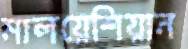
মালয়েশিয়ান